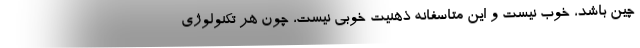
چین باشد، خوب نیست و این متاسفانه ذهنیت خوبی نیست، چون هر تکنولوژی